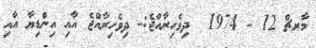
މާރޗް 12 - 1974  ދިވެހިރާއްޖެ:- ދިވެހިރާއްޖެ އާއި އިންޑިޔާ އާއި